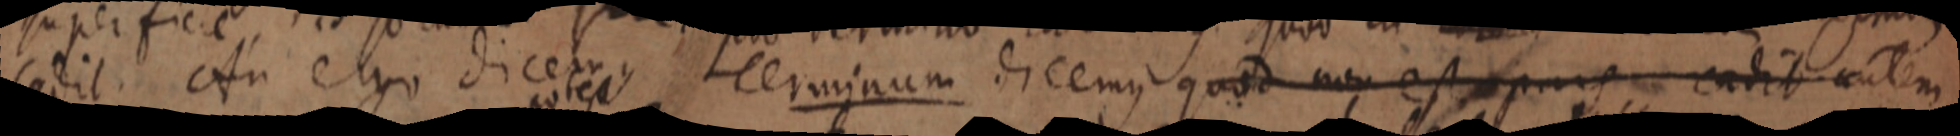
cadit An ergo dicemus terminum dicemus quod non est pars cadit autem